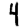
Digit: 4